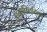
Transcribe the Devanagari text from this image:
एनाफ्लिटिक